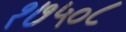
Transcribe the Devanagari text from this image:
१७५०८